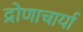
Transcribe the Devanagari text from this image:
द्रोणाचार्या